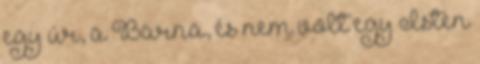
egy úr, a Barna, és nem volt egy Isten